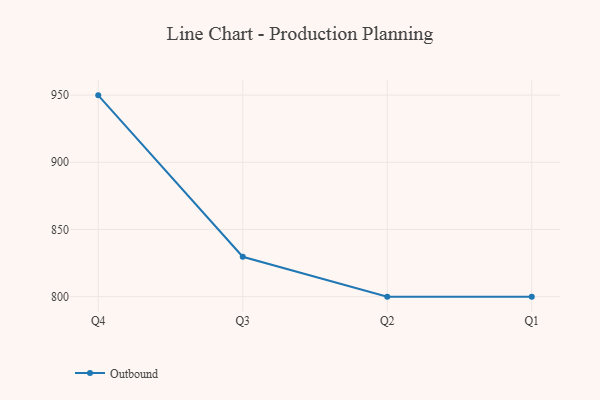
{"axis": {"x": "Quarter", "y": "Temperature (°C)"}, "legend": ["Outbound"], "data": [{"x": "Q4", "y": 949.8, "type": "Outbound"}, {"x": "Q3", "y": 829.7, "type": "Outbound"}, {"x": "Q2", "y": 800, "type": "Outbound"}, {"x": "Q1", "y": 800, "type": "Outbound"}]}